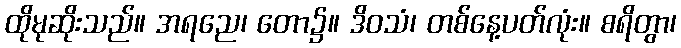
ထိုမုဆိုးသည်။ အရညေ၊ တော၌။ ဒိဝသံ၊ တစ်နေ့ပတ်လုံး။ စရိတွာ၊